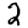
Digit: 2